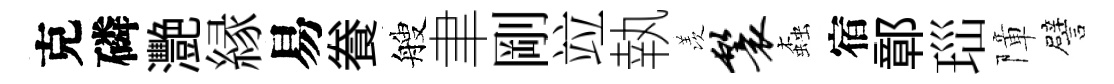
克磷灧縁易飬艘聿剛竝執羡鬟螙宿鄣𤤼障譬